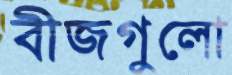
বীজগুলো